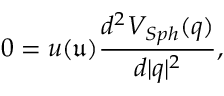
0 = u ( \mathfrak { u } ) \frac { d ^ { 2 } V _ { S p h } ( q ) } { d \vert q \vert ^ { 2 } } ,